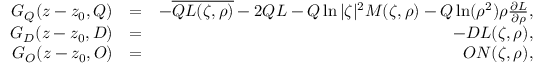
\begin{array} { r l r } { G _ { Q } ( z - z _ { 0 } , Q ) } & { = } & { - \overline { { Q L ( \zeta , \rho ) } } - 2 Q L - Q \ln | \zeta | ^ { 2 } M ( \zeta , \rho ) - Q \ln ( \rho ^ { 2 } ) \rho \frac { \partial L } { \partial \rho } , } \\ { G _ { D } ( z - z _ { 0 } , D ) } & { = } & { - D L ( \zeta , \rho ) , } \\ { G _ { O } ( z - z _ { 0 } , O ) } & { = } & { O N ( \zeta , \rho ) , } \end{array}